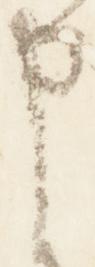
申